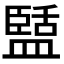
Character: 𭾑